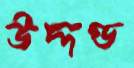
উদ্দণ্ড